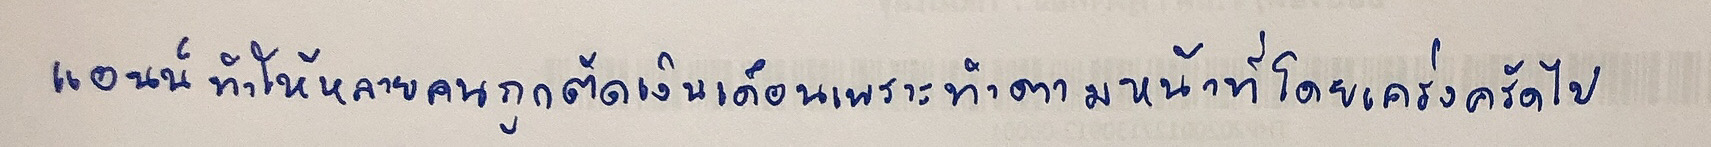
แอนน์ทำให้หลายคนถูกตัดเงินเดือนเพราะทำตามหน้าที่โดยเคร่งครัดไป